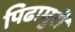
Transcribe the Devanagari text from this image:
पिढामुरी